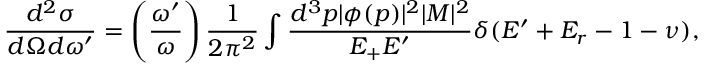
{ \frac { d ^ { 2 } \sigma } { d \Omega d \omega ^ { \prime } } } = \left( { \frac { \omega ^ { \prime } } { \omega } } \right) { \frac { 1 } { 2 \pi ^ { 2 } } } \int { \frac { d ^ { 3 } p | \phi ( p ) | ^ { 2 } | { \cal { M } } | ^ { 2 } } { E _ { + } E ^ { \prime } } } \delta ( E ^ { \prime } + E _ { r } - 1 - \nu ) ,